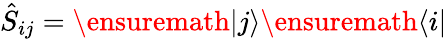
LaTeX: \hat{S}_{ij}=\ensuremath{\left|j\right\rangle}\ensuremath{\left\langle i\right|}